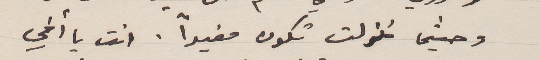
وحيثما نزلت تكون مفيداً. انت يا أخي